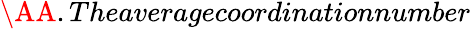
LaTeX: \AA.Theaveragecoordinationnumber